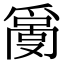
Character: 𤔬